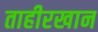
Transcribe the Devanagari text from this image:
ताहीरखान